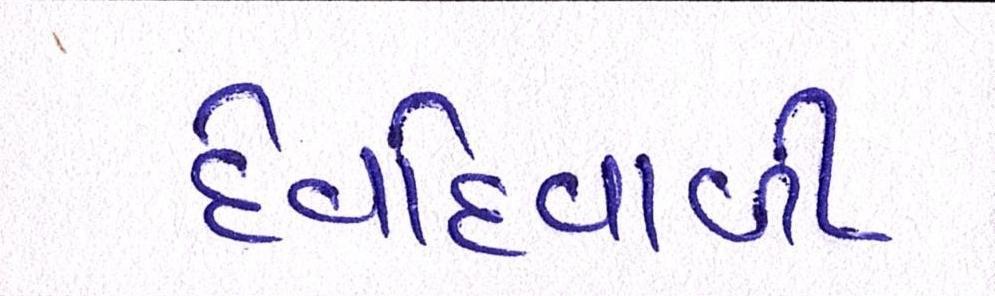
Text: દેવદિવાળી